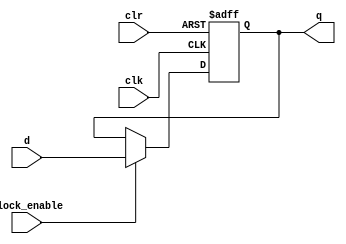
module register(clk,clr,d,clock_enable,q);
parameter SIZE = 4;

input clk,clr,clock_enable;
input [SIZE -1 :0] d;
output [SIZE -1 :0] q;
reg [SIZE -1 :0] q;


//Register with active-high clock & asynchronous reset & synchronous clock enable 
	always @ (negedge clr or posedge clk)
begin
	// Reset whenever the reset signal goes low, regardless of the clock
	// or the clock enable
	if (!clr)
	begin
		q <= 0;
	end
	// If not resetting, and the clock signal is enabled on this register,
	// update the register output on the clock's rising edge
	else
	begin
		if (clock_enable)
		begin
			q <= d;
		end
	end
end

endmodule